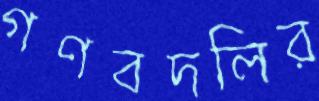
গণবদলির